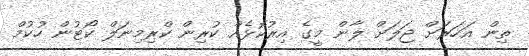
ތިން އަހަރަށް ޖަލަށް ލާން މީގެ އިރުކޮޅެއް ކުރިން ކްރިމިނަލް ކޯޓުން ހުކުމް